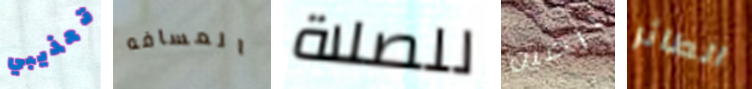
تعذيبي المسافه للصلاة الصين الطائر